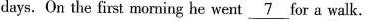
days. On the first morning he went \underline{7} for a walk.